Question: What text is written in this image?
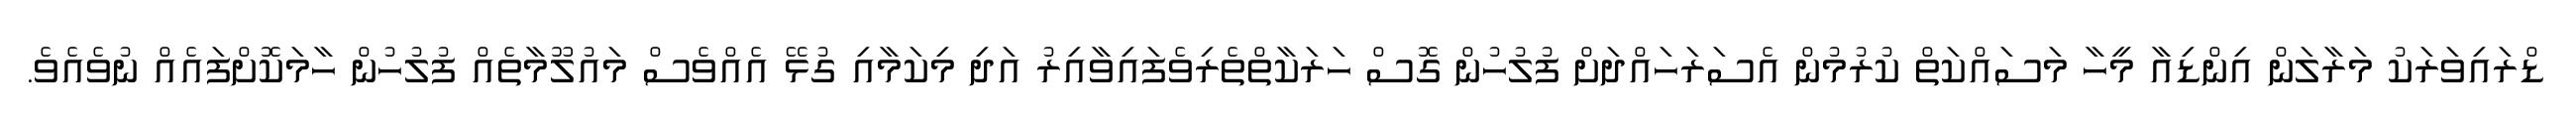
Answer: ޑްރައިވަރަކު މަރާލަން އިންޑިއާ މީހާ މަސައްކަތް ކުރުމުން އެސަރަހައްދަށް ފުލުހުން ގޮސް ހަރަކާތްތެރިވެފައިވާއިރު އަދި މިކަމާއި ގުޅޭ އެއްވެސް މައުލޫމާތެއް ފުލުހުން ހާމަކޮށްފައެއް ނުވެއެވެ.